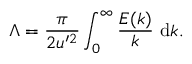
\Lambda = \frac { \pi } { 2 u ^ { \prime 2 } } \int _ { 0 } ^ { \infty } \frac { E ( k ) } { k } \mathrm { ~ d } k .